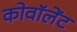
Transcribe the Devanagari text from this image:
कोवॉलेंट